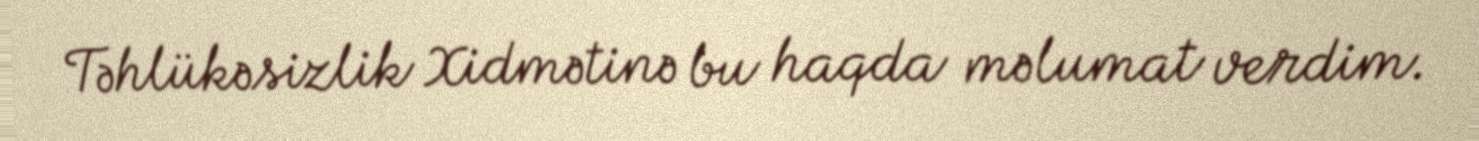
Təhlükəsizlik Xidmətinə bu haqda məlumat verdim.